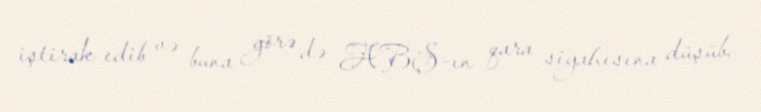
iştirak edib və buna görə də ABŞ-ın qara siyahısına düşüb.